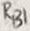
Text: RB1